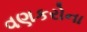
વણકરોના